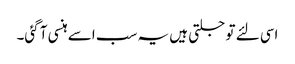
اسی لئے تو جلتی ہیں یہ سب اسے ہنسی آ گئی۔